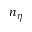
n _ { \eta }